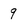
Character: 9